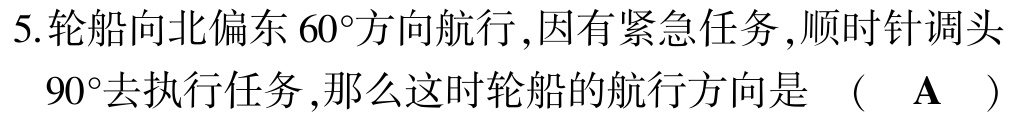
5.轮船向北偏东$60^{\circ}$方向航行,因有紧急任务,顺时针调头
$90^{\circ}$去执行任务,那么这时轮船的航行方向是 （  A  ）